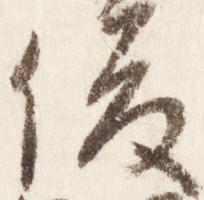
俊